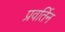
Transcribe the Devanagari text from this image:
प्रवर्तिन